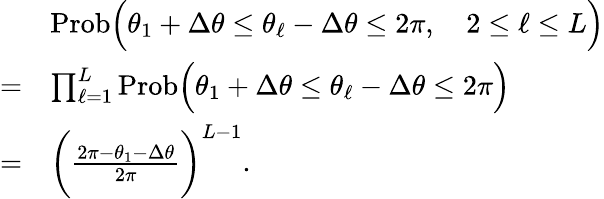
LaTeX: \begin{array}{rl}&{\mathrm{Prob}\Big(\theta_{1}+\Delta\theta\le\theta_{\ell}-\Delta\theta\le 2\pi,\quad 2\le\ell\le L\Big)}\\ {=}&{\prod_{\ell=1}^{L}\mathrm{Prob}\Big(\theta_{1}+\Delta\theta\le\theta_{\ell}-\Delta\theta\le 2\pi\Big)}\\ {=}&{\bigg(\frac{2\pi-\theta_{1}-\Delta\theta}{2\pi}\bigg)^{L-1}.}\end{array}